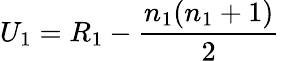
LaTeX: U_{1}=R_{1}-{\frac{n_{1}(n_{1}+1)}{2}}\,